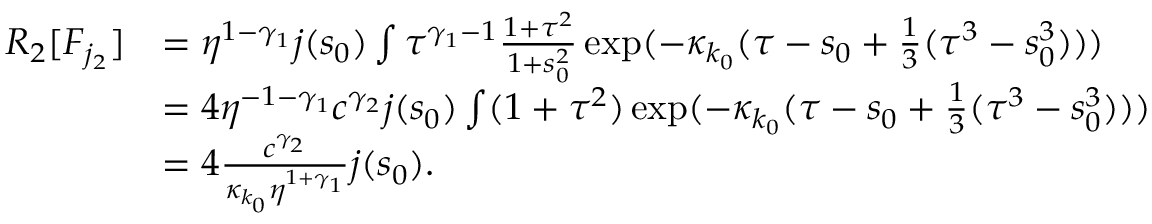
\begin{array} { r l } { R _ { 2 } [ F _ { j _ { 2 } } ] } & { = \eta ^ { 1 - \gamma _ { 1 } } j ( s _ { 0 } ) \int \tau ^ { \gamma _ { 1 } - 1 } \frac { 1 + \tau ^ { 2 } } { 1 + s _ { 0 } ^ { 2 } } \exp ( - \kappa _ { k _ { 0 } } ( \tau - s _ { 0 } + \frac 1 3 ( \tau ^ { 3 } - s _ { 0 } ^ { 3 } ) ) ) } \\ & { = 4 \eta ^ { - 1 - \gamma _ { 1 } } c ^ { \gamma _ { 2 } } j ( s _ { 0 } ) \int ( 1 + \tau ^ { 2 } ) \exp ( - \kappa _ { k _ { 0 } } ( \tau - s _ { 0 } + \frac 1 3 ( \tau ^ { 3 } - s _ { 0 } ^ { 3 } ) ) ) } \\ & { = 4 \frac { c ^ { \gamma _ { 2 } } } { \kappa _ { k _ { 0 } } \eta ^ { 1 + \gamma _ { 1 } } } j ( s _ { 0 } ) . } \end{array}